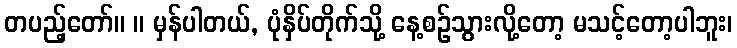
တပည့်တော်။ ။ မှန်ပါတယ်, ပုံနှိပ်တိုက်သို့ နေ့စဉ်သွားလို့တော့ မသင့်တော့ပါဘူး၊